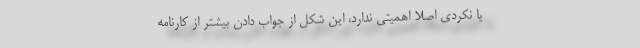
یا نکردی اصلا اهمیتی ندارد، این شکل از جواب دادن بیشتر از کارنامه